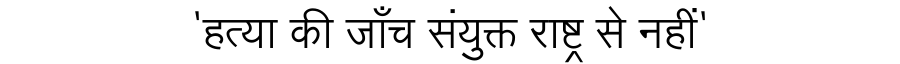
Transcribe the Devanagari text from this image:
'हत्या की जाँच संयुक्त राष्ट्र से नहीं'